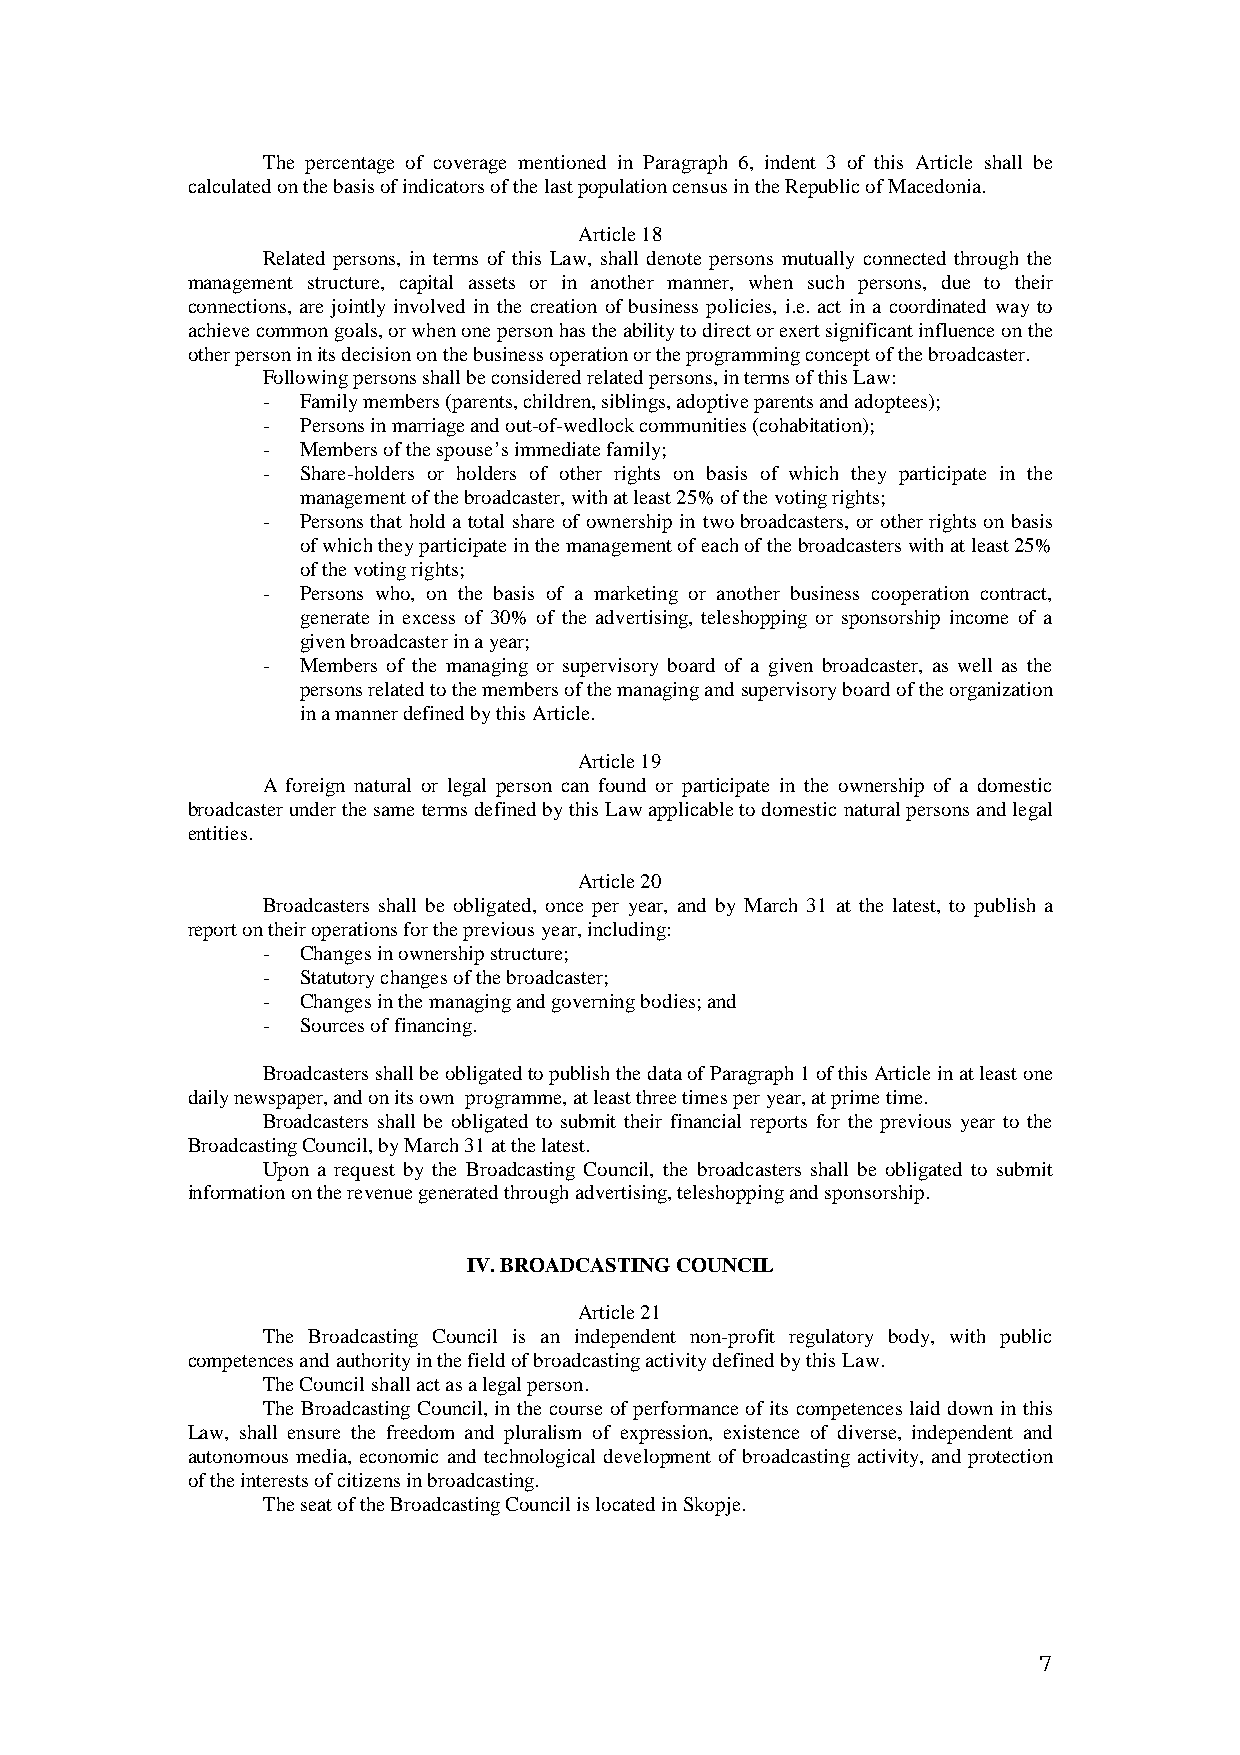
The percentage of coverage mentioned in Paragraph 6, indent 3 of this Article shall be
 calculated on the basis of indicators of the last population census in the Republic of Macedonia.
 Article 18
 Related persons, in terms of this Law, shall denote persons mutually connected through the
 management structure, capital assets or in another manner, when such persons, due to their
 connections, are jointly involved in the creation of business policies, i.e. act in a coordinated way to
 achieve common goals, or when one person has the ability to direct or exert significant influence on the
 other person in its decision on the business operation or the programming concept of the broadcaster.
 Following persons shall be considered related persons, in terms of this Law:
 -  Family members (parents, children, siblings, adoptive parents and adoptees);
 -  Persons in marriage and out-of-wedlock communities (cohabitation);
 -  Members of the spouse’s immediate family;
 -  Share-holders or holders of other rights on basis of which they participate in the
 management of the broadcaster, with at least 25% of the voting rights;
 -  Persons that hold a total share of ownership in two broadcasters, or other rights on basis
 of which they participate in the management of each of the broadcasters with at least 25%
 of the voting rights;
 -  Persons who, on the basis of a marketing or another business cooperation contract,
 generate in excess of 30% of the advertising, teleshopping or sponsorship income of a
 given broadcaster in a year;
 -  Members of the managing or supervisory board of a given broadcaster, as well as the
 persons related to the members of the managing and supervisory board of the organization
 in a manner defined by this Article.
 Article 19
 A foreign natural or legal person can found or participate in the ownership of a domestic
 broadcaster under the same terms defined by this Law applicable to domestic natural persons and legal
 entities.
 Article 20
 Broadcasters shall be obligated, once per year, and by March 31 at the latest, to publish a
 report on their operations for the previous year, including:
 -  Changes in ownership structure;
 -  Statutory changes of the broadcaster;
 -  Changes in the managing and governing bodies; and
 -  Sources of financing.
 Broadcasters shall be obligated to publish the data of Paragraph 1 of this Article in at least one
 daily newspaper, and on its own programme, at least three times per year, at prime time.
 Broadcasters shall be obligated to submit their financial reports for the previous year to the
 Broadcasting Council, by March 31 at the latest.
 Upon a request by the Broadcasting Council, the broadcasters shall be obligated to submit
 information on the revenue generated through advertising, teleshopping and sponsorship.
 IV. BROADCASTING COUNCIL
 Article 21
 The Broadcasting Council is an independent non-profit regulatory body, with public
 competences and authority in the field of broadcasting activity defined by this Law.
 The Council shall act as a legal person.
 The Broadcasting Council, in the course of performance of its competences laid down in this
 Law, shall ensure the freedom and pluralism of expression, existence of diverse, independent and
 autonomous media, economic and technological development of broadcasting activity, and protection
 of the interests of citizens in broadcasting.
 The seat of the Broadcasting Council is located in Skopje.
 7